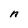
Character: n